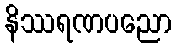
နိဿရဏပညော